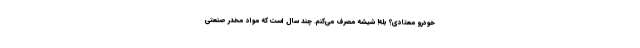
خودرو معتادی؟ بله! شیشه مصرف می‌کنم. چند سال است که مواد مخدر صنعتی